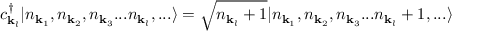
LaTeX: c _ { { \mathbf { k } } _ { l } } ^ { \dagger } | n _ { { \mathbf { k } } _ { 1 } } , n _ { { \mathbf { k } } _ { 2 } } , n _ { { \mathbf { k } } _ { 3 } } . . . n _ { { \mathbf { k } } _ { l } } , . . . \rangle = { \sqrt { n _ { { \mathbf { k } } _ { l } } + 1 } } | n _ { { \mathbf { k } } _ { 1 } } , n _ { { \mathbf { k } } _ { 2 } } , n _ { { \mathbf { k } } _ { 3 } } . . . n _ { { \mathbf { k } } _ { l } } + 1 , . . . \rangle